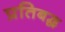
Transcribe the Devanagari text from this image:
प्रतिबद्ध